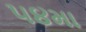
૫૪મા